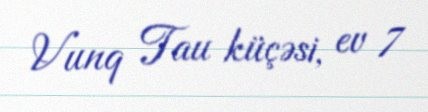
Vunq Tau küçəsi, ev 7